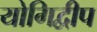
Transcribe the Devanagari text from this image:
योगिद्वीप